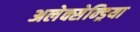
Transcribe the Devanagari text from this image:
अलेक्सेन्ड्रिया